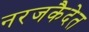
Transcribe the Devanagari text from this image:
नरजकैदेत